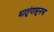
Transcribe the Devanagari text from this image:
धातूंपासूनच